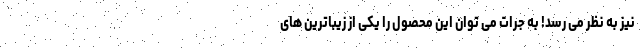
نیز به نظر می رسد! به جرات می توان این محصول را یکی از زیباترین های